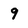
Character: 9